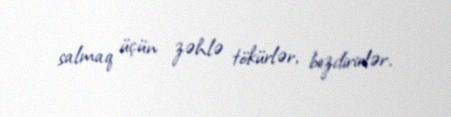
salmaq üçün zəhlə tökürlər, bezdirirlər.